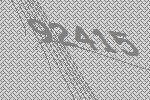
92415